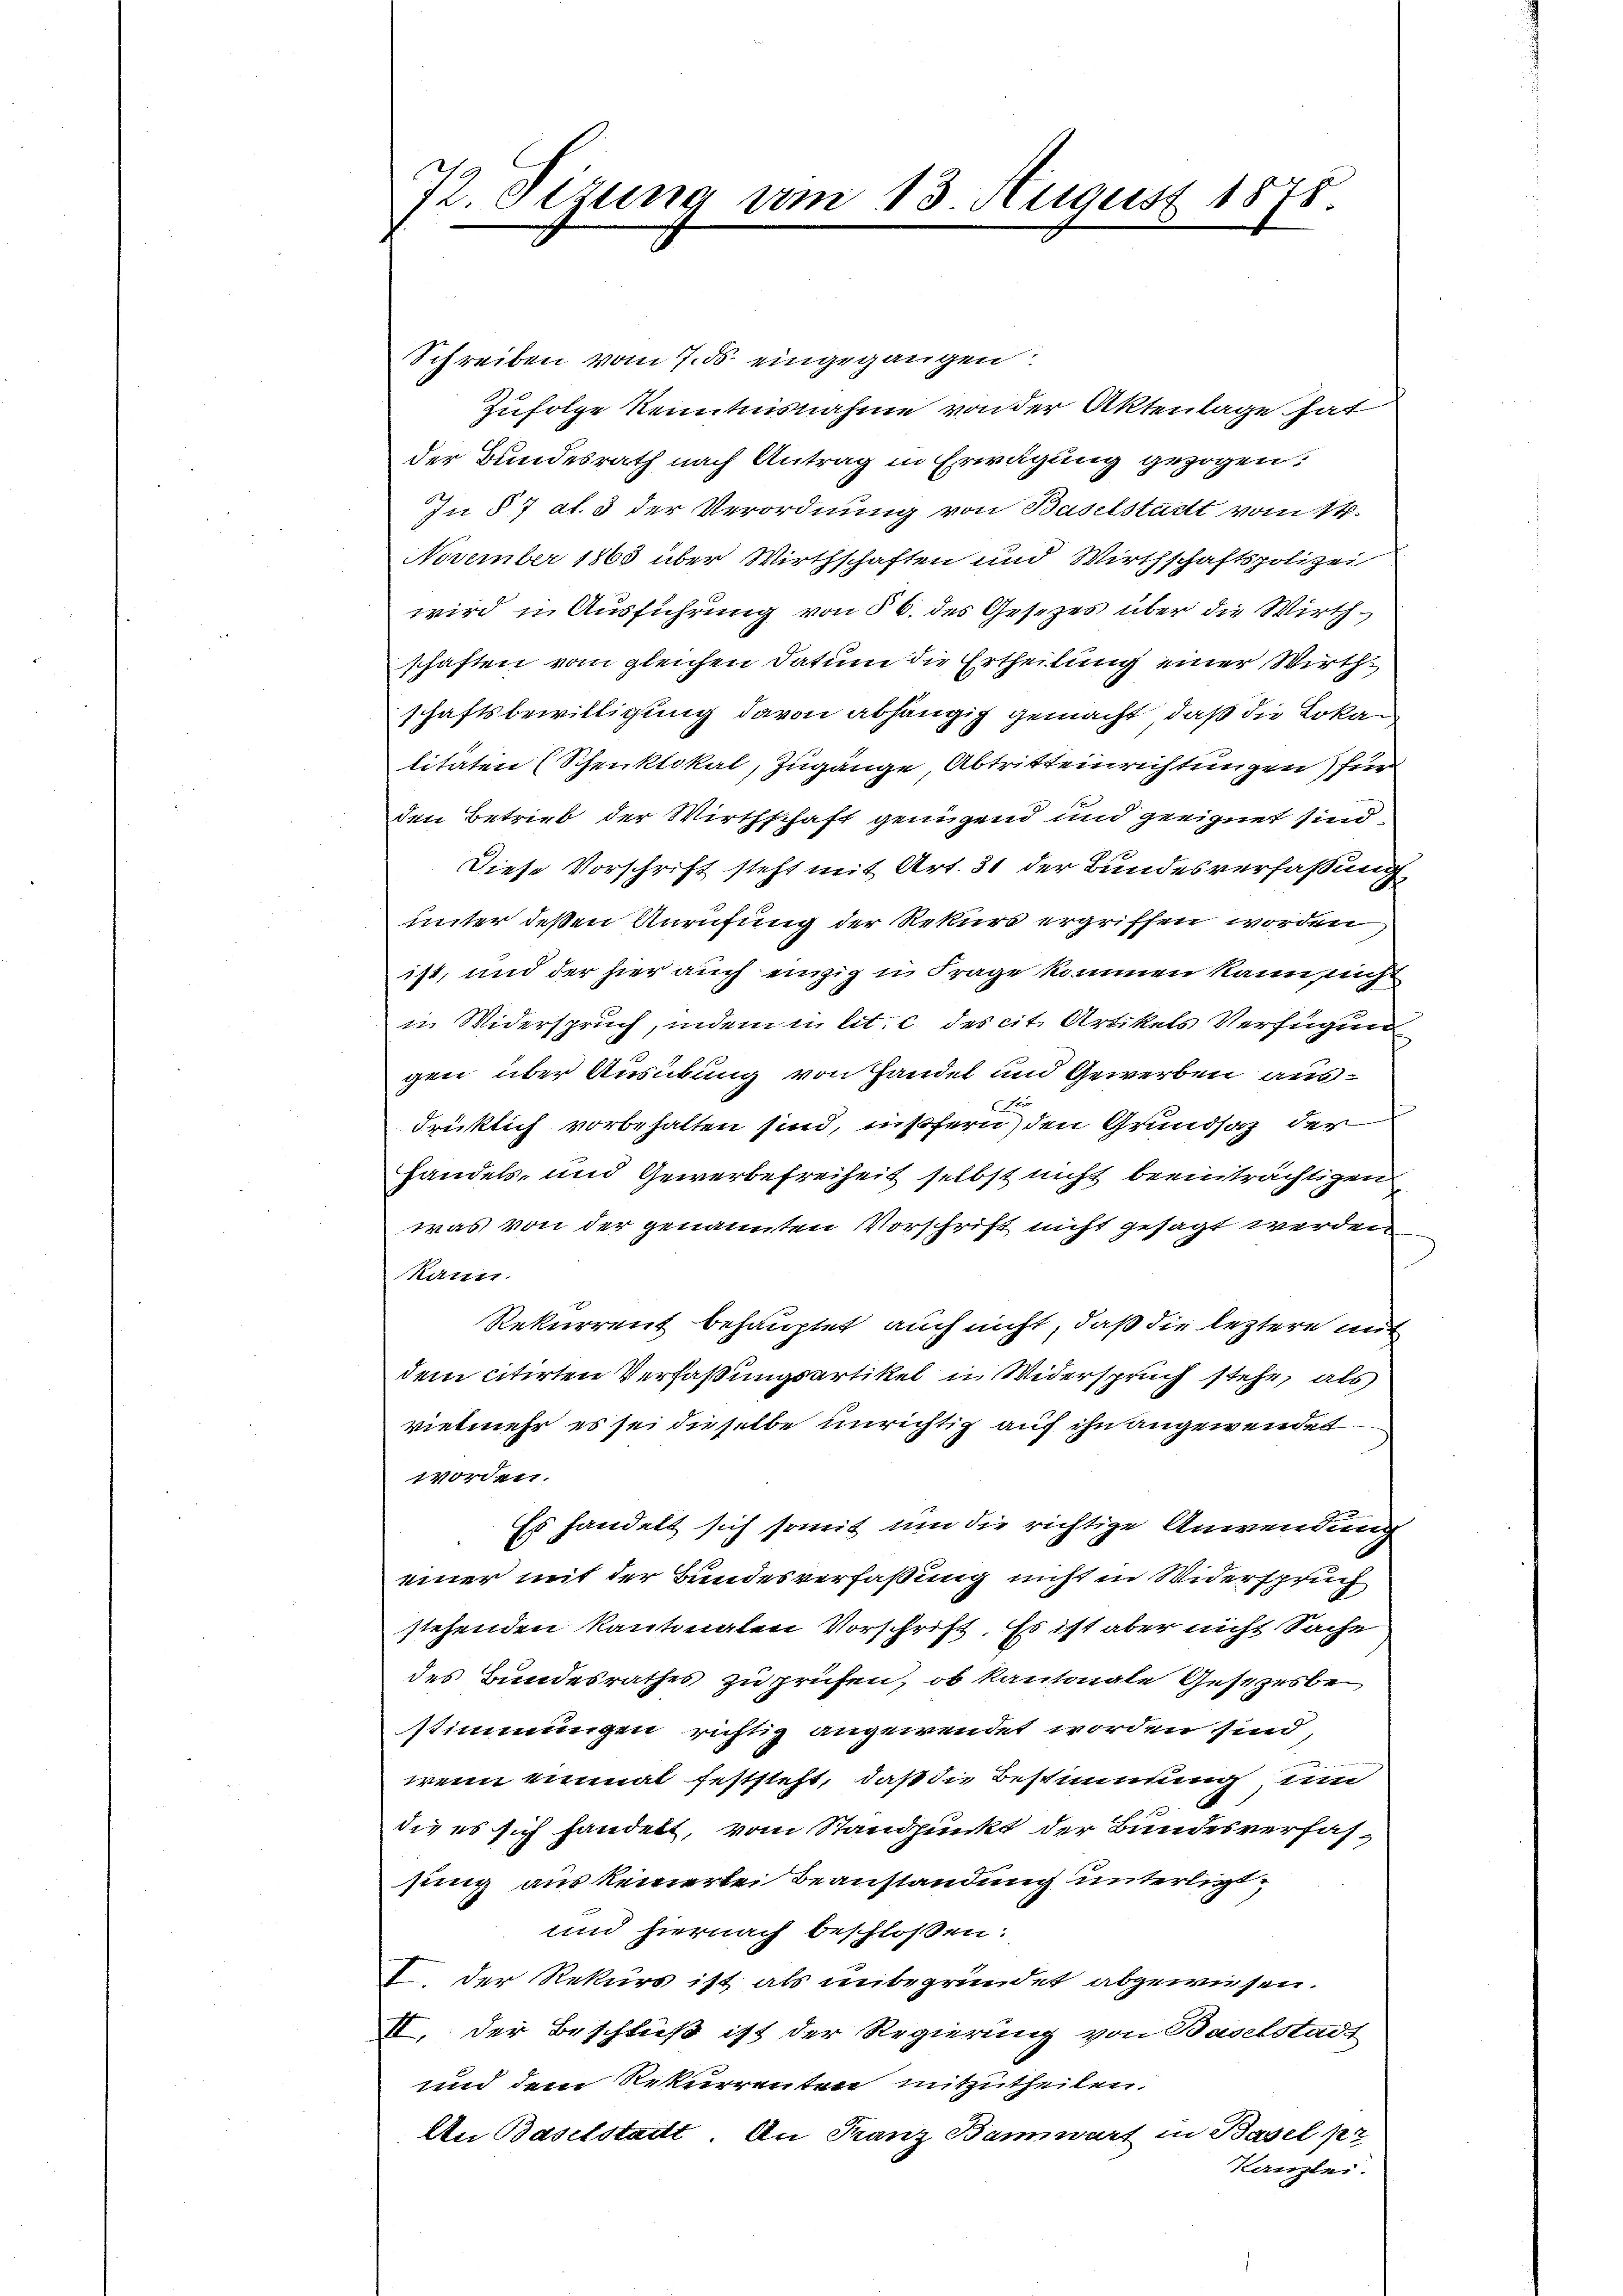
72. Sizung vom 13. August 1878.

Schreiben vom 7. ds. eingegangen
Zufolge Kenntnisnahme von der Aktenlage hat
der Bundesrath nach Antrag in Erwägung gezogen:
In § 7 Al. 3 der Verordnung von Baselstatt vom 14.
November 1863 über Wirthschaften und Wirthschaftspolizei
wird in Ausführung von § 6. des Gesezes über die Wirthschaften vom gleichen Datum die Ertheilung einer Wirthschaftsbewilligung davon abhängig gemacht, daß die Lokalitäten (Schenklokal, Zugänge, Abtritteinrichtungen) für
den Betrieb der Wirthschaft genügend und geeignet sind,
Diese Vorschrift steht mit Art. 31 der Bundesverfaßung
unter deßen Anrufung der Rekurs ergriffen worden,
ist, und der hier auch einzig u. Frage kommen kann sich
in Widerspruch, indem in lit. c des cit. Artikels Verfügun
gen über Ausübung von Handel und Gewerben ausx
drücklich vorbehalten sind, insofern den Grundsaz der
handels- und Gewerbefreiheit selbst nicht beeinträchtigen
was von der genannten Vorschrift nicht gesagt werden
kann.
Rekurrent behauptet, auch nicht, daß die leztere mit
dem citirten Verfaßungsartikel in Widerspruch stehe, als
vielmehr es sei dieselbe unrichtig auf ihn angewendet
worden.
Es handelt sich somit um die richtige Anwendung
einer mit der Bundesverfassung nicht in Widerspruch
stehenden Kantonalen Vorschrift. Es ist aber nicht Sache
des Bundesrathes zu prüfen, ob kantonale Gesezesbestimmungen richtig angewendet worden sind,
wenn einmal feststeht, daß die Bestimmung, um
die es sich handelt, vom Standpunkt der Bundesverfas-
sung aus keinerlei Beanstandung unterligt,
und hiernach beschlossen:
I. Der Rekurs ist als unbegründet abgewiesen.
II. Der Beschluß ist der Regierung von Baselstadt
und dem Rekurrenten mitzutheilen.
An Baselstadt. An Franz Bannwart in Basel pr
Kanzlei.